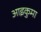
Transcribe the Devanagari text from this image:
आइकुमा